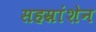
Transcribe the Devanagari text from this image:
सहस्रांशेन